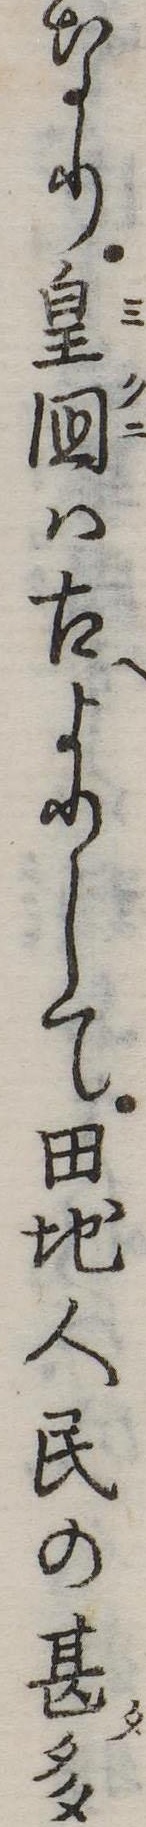
なり皇国は古よりして田地人民の甚多